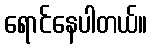
ရောင်နေပါတယ်။